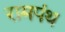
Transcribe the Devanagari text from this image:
रामपंथ